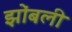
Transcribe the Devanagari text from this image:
झोंबली